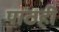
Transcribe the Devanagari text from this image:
पाठही